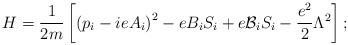
\begin{align*}H=\frac{1}{2m}\left[ \left( p_{i}-ieA_{i}\right)^{2}-eB_{i}S_{i} +e{\cal {B}}_{i}S_{i}-\frac{e^{2}}{2}\Lambda ^{2}\right] ;\end{align*}